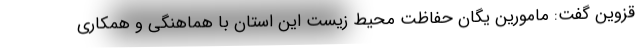
قزوین گفت: مامورین یگان حفاظت محیط زیست این استان با هماهنگی و همکاری